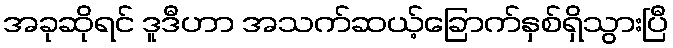
အခုဆိုရင် ဒူဒီဟာ အသက်ဆယ့်ခြောက်နှစ်ရှိသွားပြီ